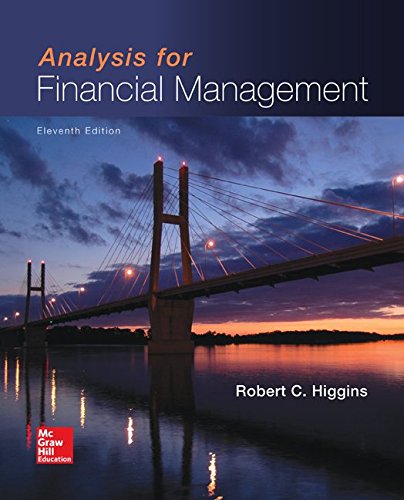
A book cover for Analysis for Financial Management (Mcgraw-Hill/Irwin Series in Finance, Insurance, and Real Estate); Robert Higgins; Business & Money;